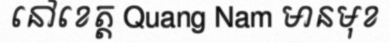
នៅខេត្ត Quang Nam មានមុខ